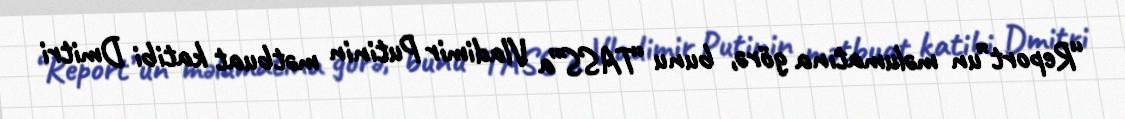
“Report”un məlumatına görə, bunu “TASS”a Vladimir Putinin mətbuat katibi Dmitri